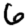
Digit: 6